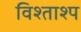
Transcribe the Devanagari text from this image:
विश्ताश्प